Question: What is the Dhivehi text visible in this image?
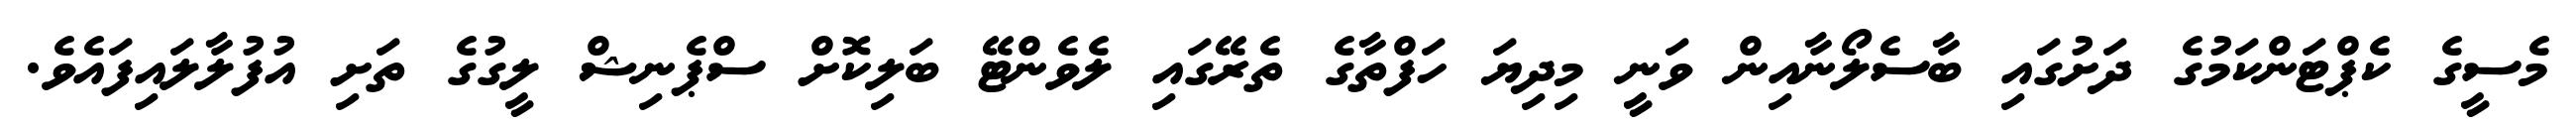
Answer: މެސީގެ ކެޕްޓަންކަމުގެ ދަށުގައި ބާސެލޯނާއިން ވަނީ މިދިޔަ ހަފްތާގެ ތެރޭގައި ލެވެންޓޭ ބަލިކޮށް ސްޕެނިޝް ލީގުގެ ތަށި އުފުލާލައިފައެވެ.